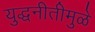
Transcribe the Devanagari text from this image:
युद्धनीतीमुळे